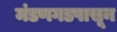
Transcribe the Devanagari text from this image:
मंडणगडपासून